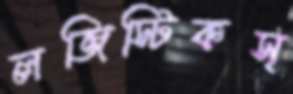
লজিস্টিকস্